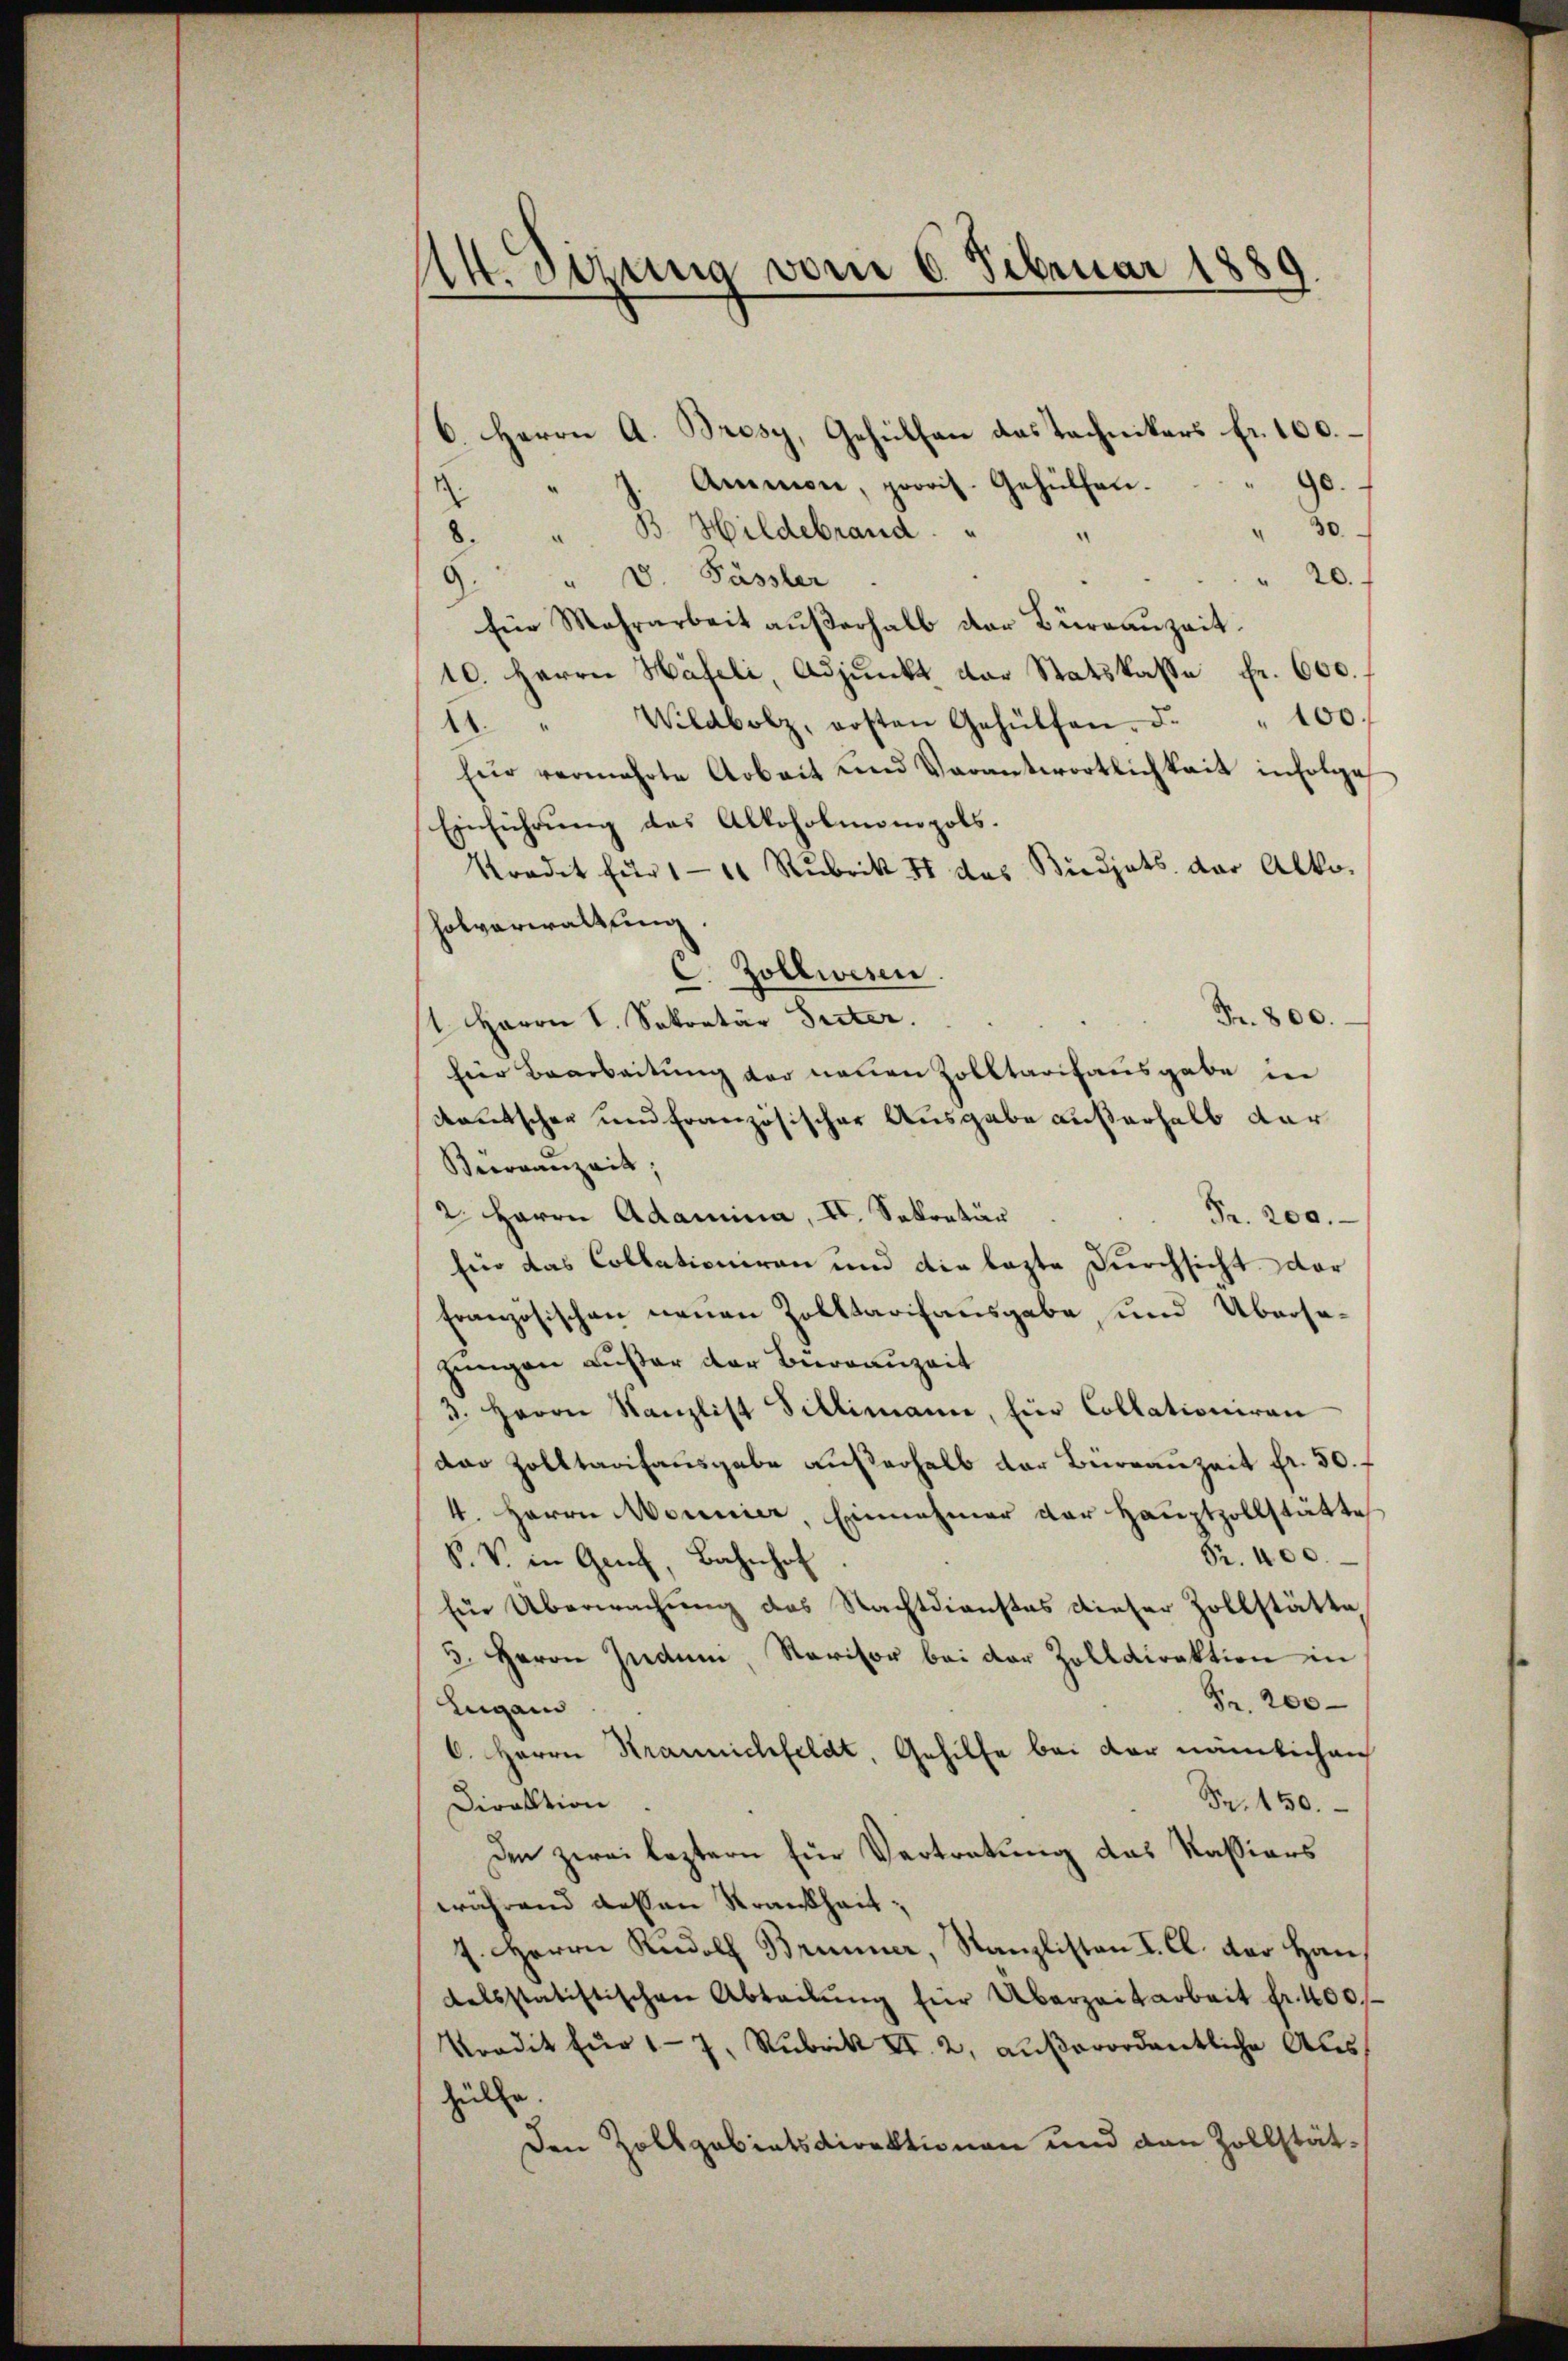
M. Itzung vom 6. Februar 1889
—

6. Herrn A. Bresy, Gehülfen das Tachnikers fr. 100.
90.
" J. Ammon, provit. Gehülfen.
d
30.
" B. Hildebrand. "
8.
" V. Pässler
20.
.
Eine Mehrarbeit aŭβerhalb der Büreauzeit.
10. Herrn Häfeli, Adjunkt der Statskasse Fr. 600.
11. " Wildbolz, ersten Gehülfen. d. " 100.
für vermehrte Arbeit und Verantwortlichkeit infolge
Einführung des Alkoholmonopols.
Sradet für 111 Rubrik II des Budgets der Alko-
holverwaltung.
. Zollwesen.
Fr. 800.
1 Herrn V. Sekretär Seiter.
für Bearbeitung der neuen Zolltarisausgabe in
kautschen und Französischer Ausgabe außerhalb dar
Becoranzait;
2 Herrn Adamina, II. Sekretär
Fr. 200.
für das Collationiren und die lezte Durchsicht dar
französischen neuen Zolltarifausgabe, und Übersazungen außer der Büreauzeit
3. Herrn Kanzlist Billimann, für Collationiran
dar Zolltarisausgabe außerhalb der Bureauzeit fr. 50. f
4 Herrn Monnier, Einnahmer der Hauptzollstätte
Fr. 400.
S. V. in Genf, Bahnhof
Ein Überwachung des Nachtdienstes dieser Zollstätte,
5. Herrn Induni, Ravisor bei der Zolldirektion in
Fr. 200
Lugan
6. Herrn Krannichfeldt, Gehilfe bei der nämlichen
Fr. 150.
Direktion.
Den zwei leztern für Vertretung das Kassiars
während dessen Krankheit;
7. Herrn Rudolf Brunner, Kanzlisten I. Cl. der Handelsstatistischen Abteilŭng für Überzeitarbeit fr. 400
Kredit für 17. Rubrik II. 2, außerordentliche Aushülfe.
Den Zollgabiatsdirektionen und den Zollstät¬